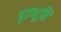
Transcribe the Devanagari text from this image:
पृठभूमि